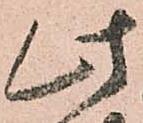
此